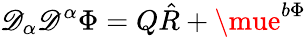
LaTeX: \mathscr{D}_{\alpha}\mathscr{D}^{\alpha}\Phi=Q\hat{{R}}+\mue^{b\Phi}